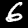
Digit: 6